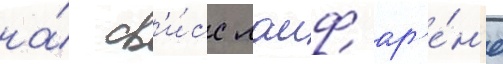
на́ св'и́сс лаиф ар'е́н'е